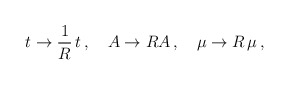
\begin{align*}t \rightarrow \frac{1}{R}\,t \,,\quad A \rightarrow R A\,, \quad \mu \rightarrow R\,\mu \,,\end{align*}